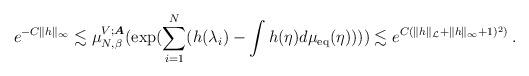
LaTeX: \begin{align*}e^{-C\|h\|_\infty}\lesssim\mu_{N,\beta}^{V;\boldsymbol{A}}(\exp(\sum_{i=1}^N ( h(\lambda_{i})-\int h(\eta)d\mu_{{\rm eq}}(\eta)))) \lesssim e^{ C(\|h\|_{\mathcal{L}}+\|h\|_\infty+1)^2)}\,.\end{align*}